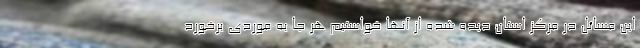
این مسائل در مرکز استان دیده شده از آنها خواستیم هر جا به موردی برخورد